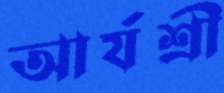
আর্যশ্রী